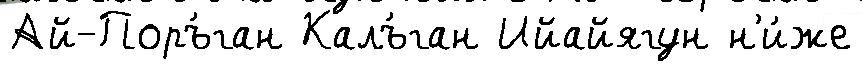
Ай-Поръ́ган Калъ́ган Ийайягун н'и́же